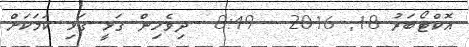
އޮކްޓޯބަރު 18